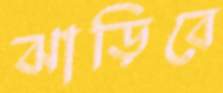
ঝাড়িবে